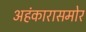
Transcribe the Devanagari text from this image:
अहंकारासमोर